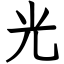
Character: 光